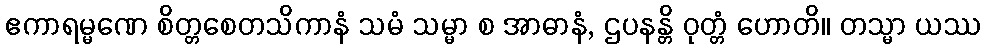
ဧကာရမ္မဏေ စိတ္တစေတသိကာနံ သမံ သမ္မာ စ အာဓာနံ, ဌပနန္တိ ဝုတ္တံ ဟောတိ။ တသ္မာ ယဿ